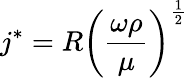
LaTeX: j^{*}=R\left({\frac{\omega\rho}{\mu}}\right)^{\frac{1}{2}}